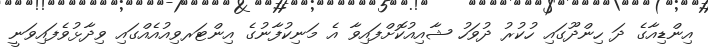
އިންޑިއާގެ ދަ ހިންދޫގައި ހުކުރު ދުވަހު ޝާއިއުކޮށްފައިވާ އެ މަނިކުފާނުގެ އިންޓަރވިއުއެއްގައި ވިދާޅުވެފައިވަނީ